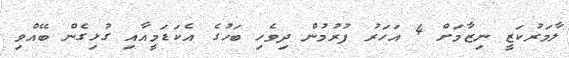
ލާމަރުކަޒީ ނިޒާމަށް 4 އަހަރު ފުރުމުން ދިވެހި ބަހުގެ އެކަޑަމީއާއި ގުޅިގެން ބޭއްވި